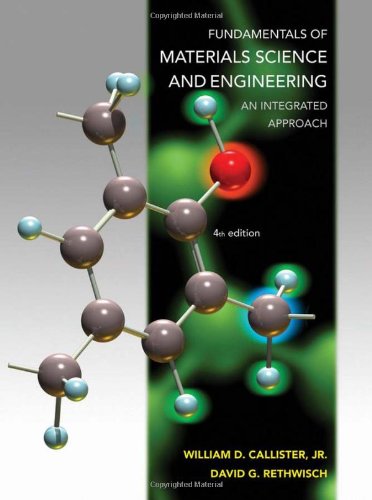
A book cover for Fundamentals of Materials Science and Engineering: An Integrated Approach; William D. Callister; Engineering & Transportation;